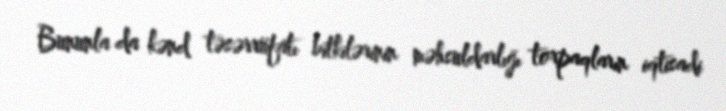
Bununla da kənd təsərrüfatı bitkilərinin məhsuldarlığı torpaqların iqtisadi